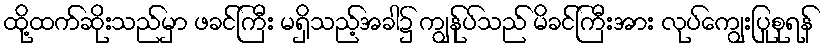
ထို့ထက်ဆိုးသည်မှာ ဖခင်ကြီး မရှိသည့်အခါ၌ ကျွန်ုပ်သည် မိခင်ကြီးအား လုပ်ကျွေးပြုစုရန်